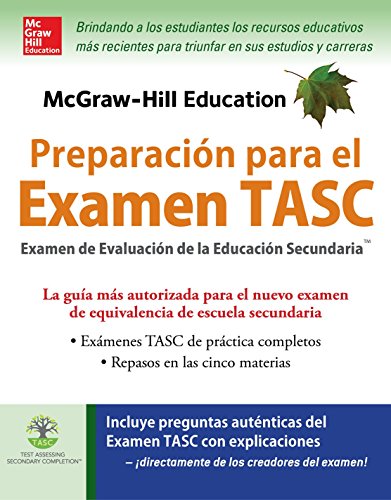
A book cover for McGraw-Hill Education PreparaciÃ³n para el Examen TASC (Spanish Edition); Kathy Zahler; Test Preparation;